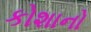
કોશાનો